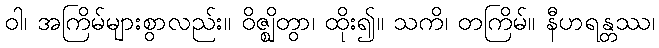
ဝါ၊ အကြိမ်များစွာလည်း။ ဝိဇ္ဈိတွာ၊ ထိုး၍။ သကိ၊ တကြိမ်။ နီဟရန္တဿ၊